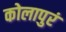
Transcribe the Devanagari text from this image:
कोलापुरं